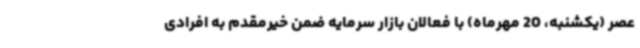
عصر (یکشنبه، 20 مهرماه) با فعالان بازار سرمایه ضمن خیرمقدم به افرادی